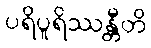
ပရိပူရိဿန္တီတိ